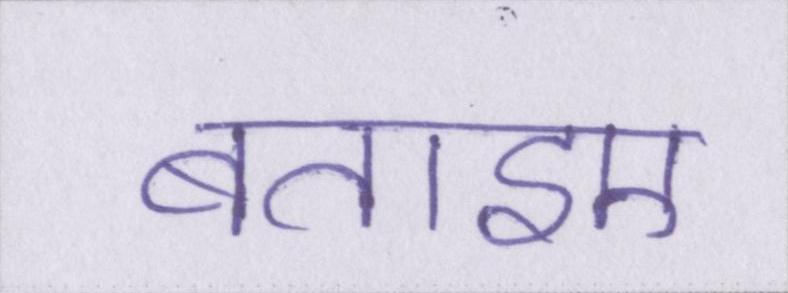
बताइए